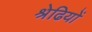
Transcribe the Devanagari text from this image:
श्रेढियों